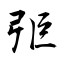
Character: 弡